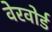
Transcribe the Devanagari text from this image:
वेरवोर्ड